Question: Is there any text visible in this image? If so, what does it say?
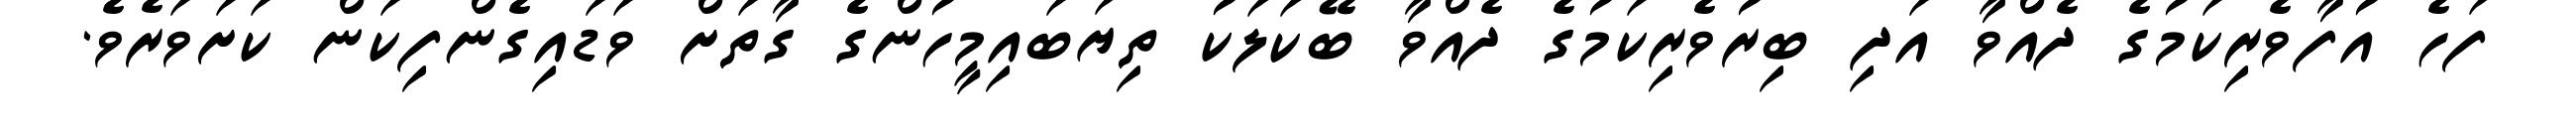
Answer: ފަހެ އުފާވެރިކަމުގެ ދެއްވާ އަދި ބިރުވެރިކަމުގެ ދެއްވާ ބޭކަލަކު ތިޔަބައިމީހުންގެ ގާތަށް ވަޑައިގެންފިކަން ކަށަވަރެވެ.